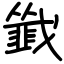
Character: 韱